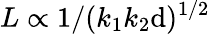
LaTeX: L\propto1/(k_{1}k_{2}\mathrm{d})^{1/2}